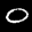
Label: 0